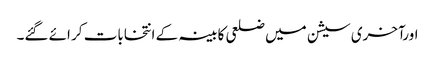
اورآخری سیشن میں ضلعی کابینہ کے انتخابات کر ائے گئے۔